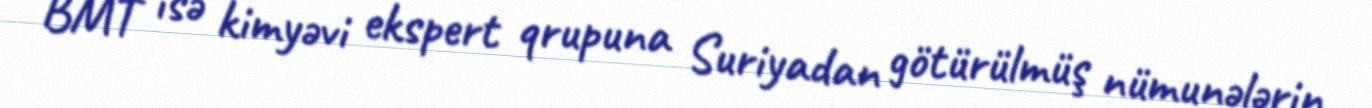
BMT isə kimyəvi ekspert qrupuna Suriyadan götürülmüş nümunələrin